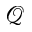
\mathcal { Q }